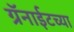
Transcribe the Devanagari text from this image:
ग्रॅनाईटच्या